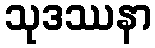
သုဒဿနာ